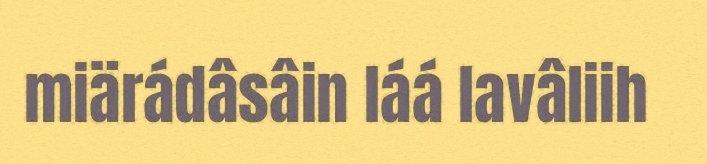
miärádâsâin láá lavâliih